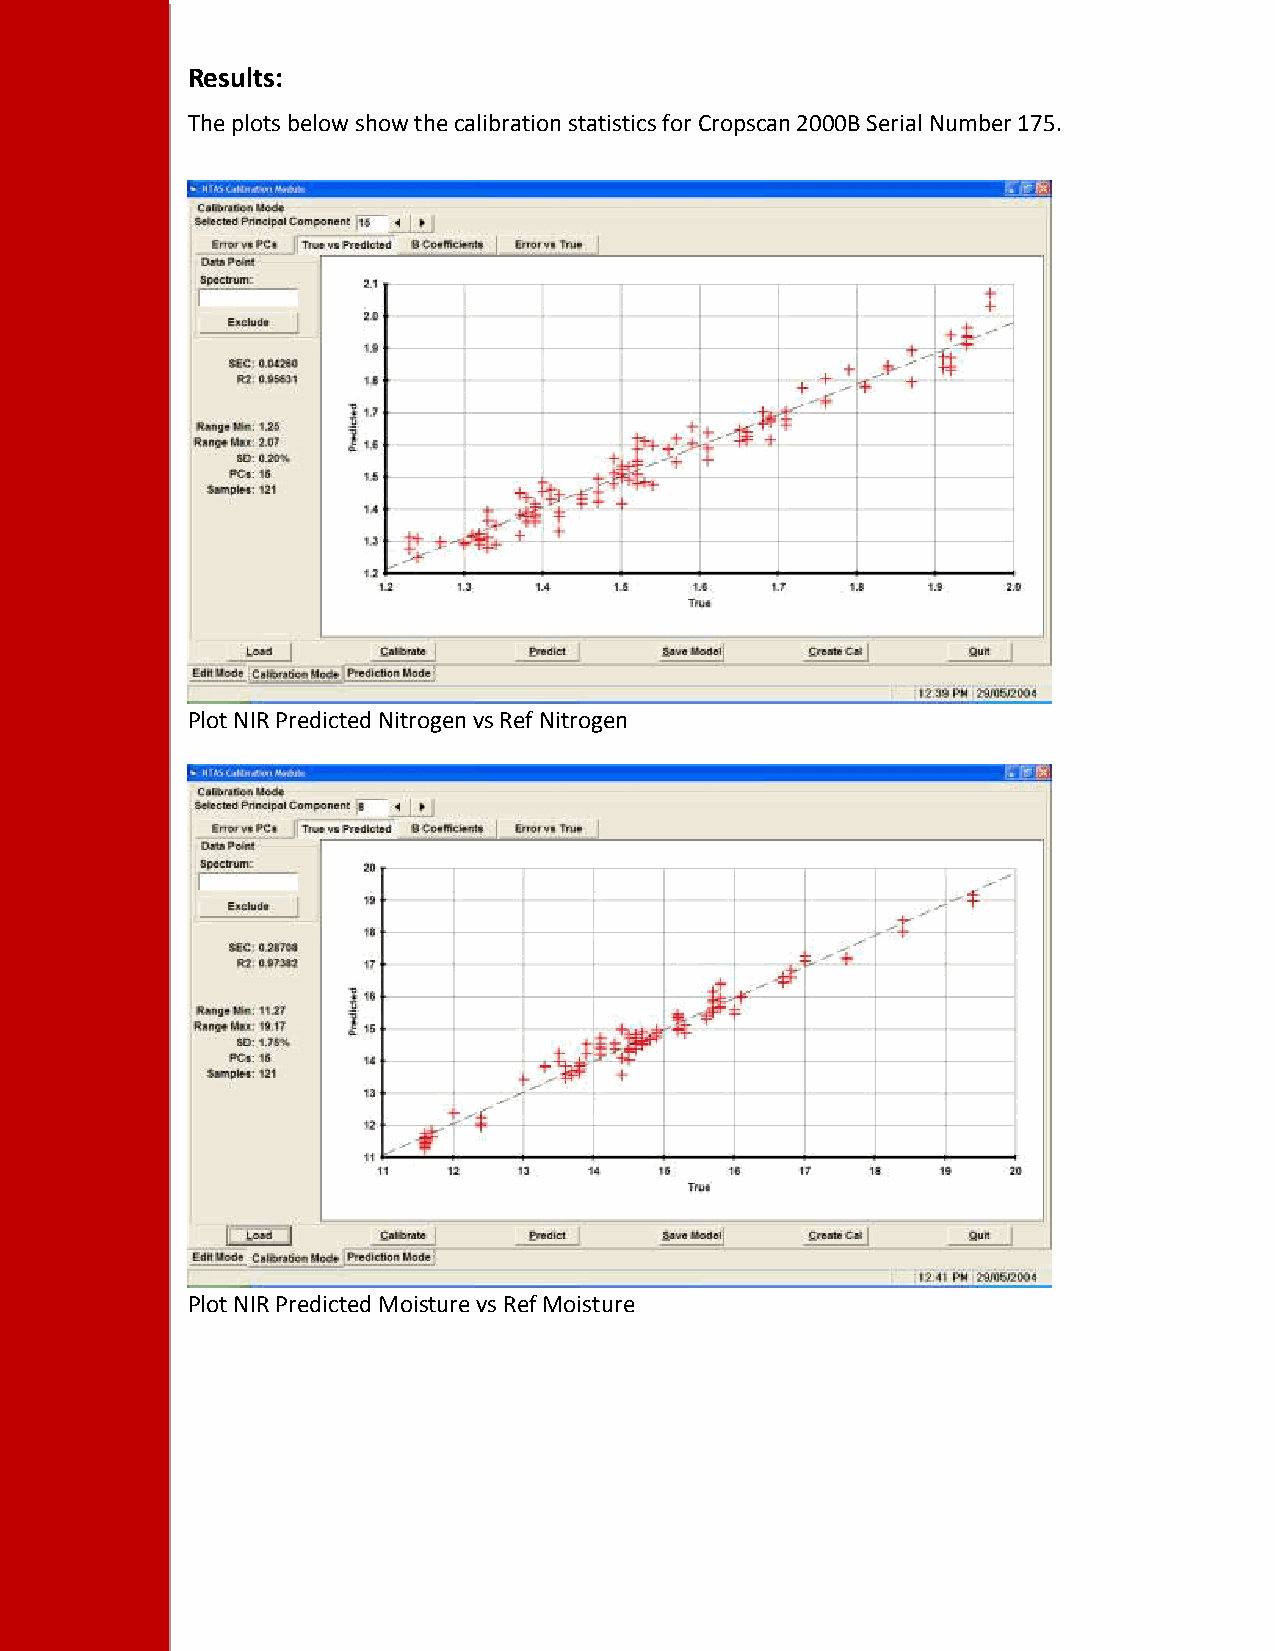
Results:
 The plots below show the calibration statistics for Cropscan 2000B Serial Number 175.
 Plot NIR Predicted Nitrogen vs Ref Nitrogen
 Plot NIR Predicted Moisture vs Ref Moisture